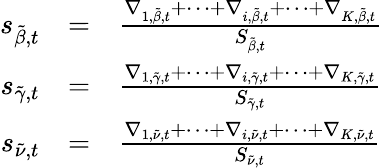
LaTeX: \begin{array}{rcl}{s_{\tilde{\beta},t}}&{=}&{\frac{\nabla_{1,\tilde{\beta},t}+\dots+\nabla_{i,\tilde{\beta},t}+\dots+\nabla_{K,\tilde{\beta},t}}{S_{\tilde{\beta},t}}}\\ {s_{\tilde{\gamma},t}}&{=}&{\frac{\nabla_{1,\tilde{\gamma},t}+\dots+\nabla_{i,\tilde{\gamma},t}+\dots+\nabla_{K,\tilde{\gamma},t}}{S_{\tilde{\gamma},t}}}\\ {s_{\tilde{\nu},t}}&{=}&{\frac{\nabla_{1,\tilde{\nu},t}+\dots+\nabla_{i,\tilde{\nu},t}+\dots+\nabla_{K,\tilde{\nu},t}}{S_{\tilde{\nu},t}}}\end{array}